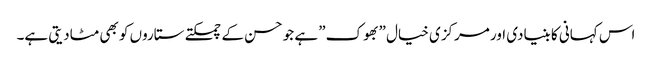
اس کہانی کا بنیادی اور مرکزی خیال ”بھوک” ہے جو حسن کے چمکتے ستاروں کو بھی مٹادیتی ہے۔